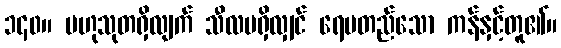
၁၄၀။ ဗဟုသုတရှိလျက် သီလမရှိလျှင် ရေမတည်သော ကန်နှင့်တူ၏။